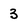
Character: 3